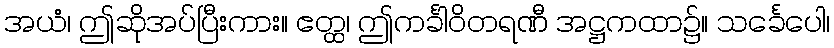
အယံ၊ ဤဆိုအပ်ပြီးကား။ ဧတ္ထ၊ ဤကင်္ခါဝိတရဏီ အဋ္ဌကထာ၌။ သင်္ခေပေါ၊